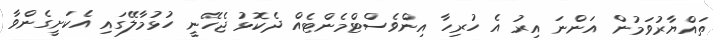
ތައްޔާރުވަމުން އަންނަ އިރު އެ ހުރިހާ އިންވެސްޓްމެންޓެއް ދެކޮޅު ޖެހޭނީ ހުޅުމާލޭގައި އެކަށީގެންވާ